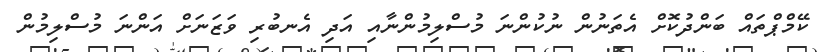
ކޭމްޕްތައް ބަންދުކޮށް އެތަނުން ނުކުންނަ މުސްލިމުންނާއި އަދި އެނބުރި ވަޒަނަށް އަންނަ މުސްލިމުން